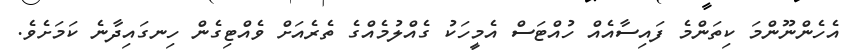
އެހެންނޫންމަ ކިތަންމެ ފައިސާއެއް ހުއްޓަސް އެމީހަކު ގެއްލުމެއްގެ ތެރެއަށް ވެއްޓިގެން ހިނގައިދާނެ ކަމަށެވެ.